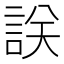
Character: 𧧤